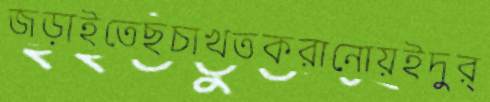
জড়াইতেছচাখতকরানোয়ইদুর্